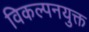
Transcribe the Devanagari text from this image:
विकल्पनयुक्त